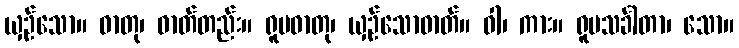
ယှဉ်သော။ ဓာတု၊ ဓာတ်တည်း။ ရူပဓာတု၊ ယှဉ်သောဓာတ်။ ဝါ၊ ကား။ ရူပသင်္ခါတာ၊ သော။